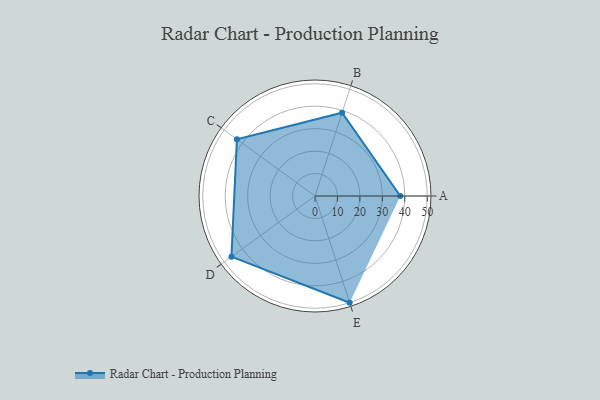
{"axis": {"x": "Skill", "y": "Score"}, "legend": ["Profile"], "data": [{"x": "A", "y": 38.0, "type": "Profile"}, {"x": "B", "y": 39.0, "type": "Profile"}, {"x": "C", "y": 43.0, "type": "Profile"}, {"x": "D", "y": 46.0, "type": "Profile"}, {"x": "E", "y": 50.0, "type": "Profile"}]}